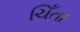
ચિઁતા